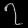
Digit: ၇